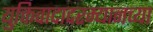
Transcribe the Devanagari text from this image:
युक्तिवादादरम्यानच्या